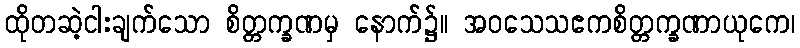
ထိုတဆဲ့ငါးချက်သော စိတ္တက္ခဏမှ နောက်၌။ အဝသေသဧကစိတ္တက္ခဏာယုကေ၊